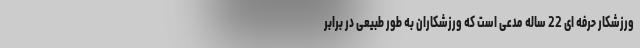
ورزشکار حرفه ای 22 ساله مدعی است که ورزشکاران به طور طبیعی در برابر